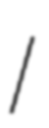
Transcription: I